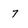
Character: 7